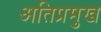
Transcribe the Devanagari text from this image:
अतिप्रमुख